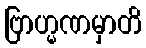
ဗြာဟ္မဏမှာတိ